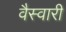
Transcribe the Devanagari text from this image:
वैस्वारी